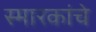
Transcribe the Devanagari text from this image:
स्‍मारकांचे